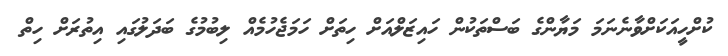
ކުށްހީއަކަށްވާނެނަމަ މަޔާންގެ ބަސްތަކުން ހައިޒަލްއަށް ހިތަށް ހަމަޖެހުމެއް ލިބުމުގެ ބަދަލުގައި އިތުރަށް ހިތް